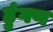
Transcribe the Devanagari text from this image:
ढुंगण